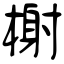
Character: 榭